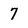
Character: 7